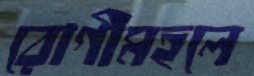
রোগীমহলে